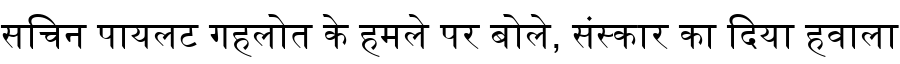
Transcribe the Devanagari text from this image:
सचिन पायलट गहलोत के हमले पर बोले, संस्कार का दिया हवाला